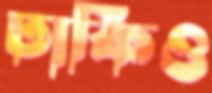
ঢাকিও